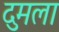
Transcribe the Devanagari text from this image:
दुमला